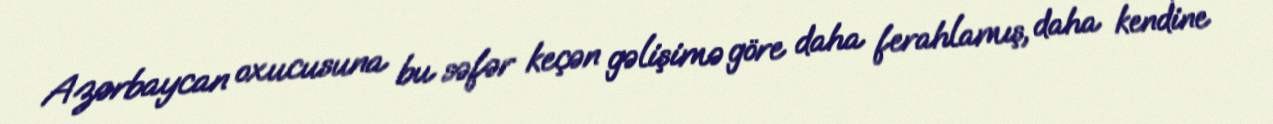
Azərbaycan oxucusuna bu səfər keçən gəlişimə göre daha ferahlamış, daha kendine